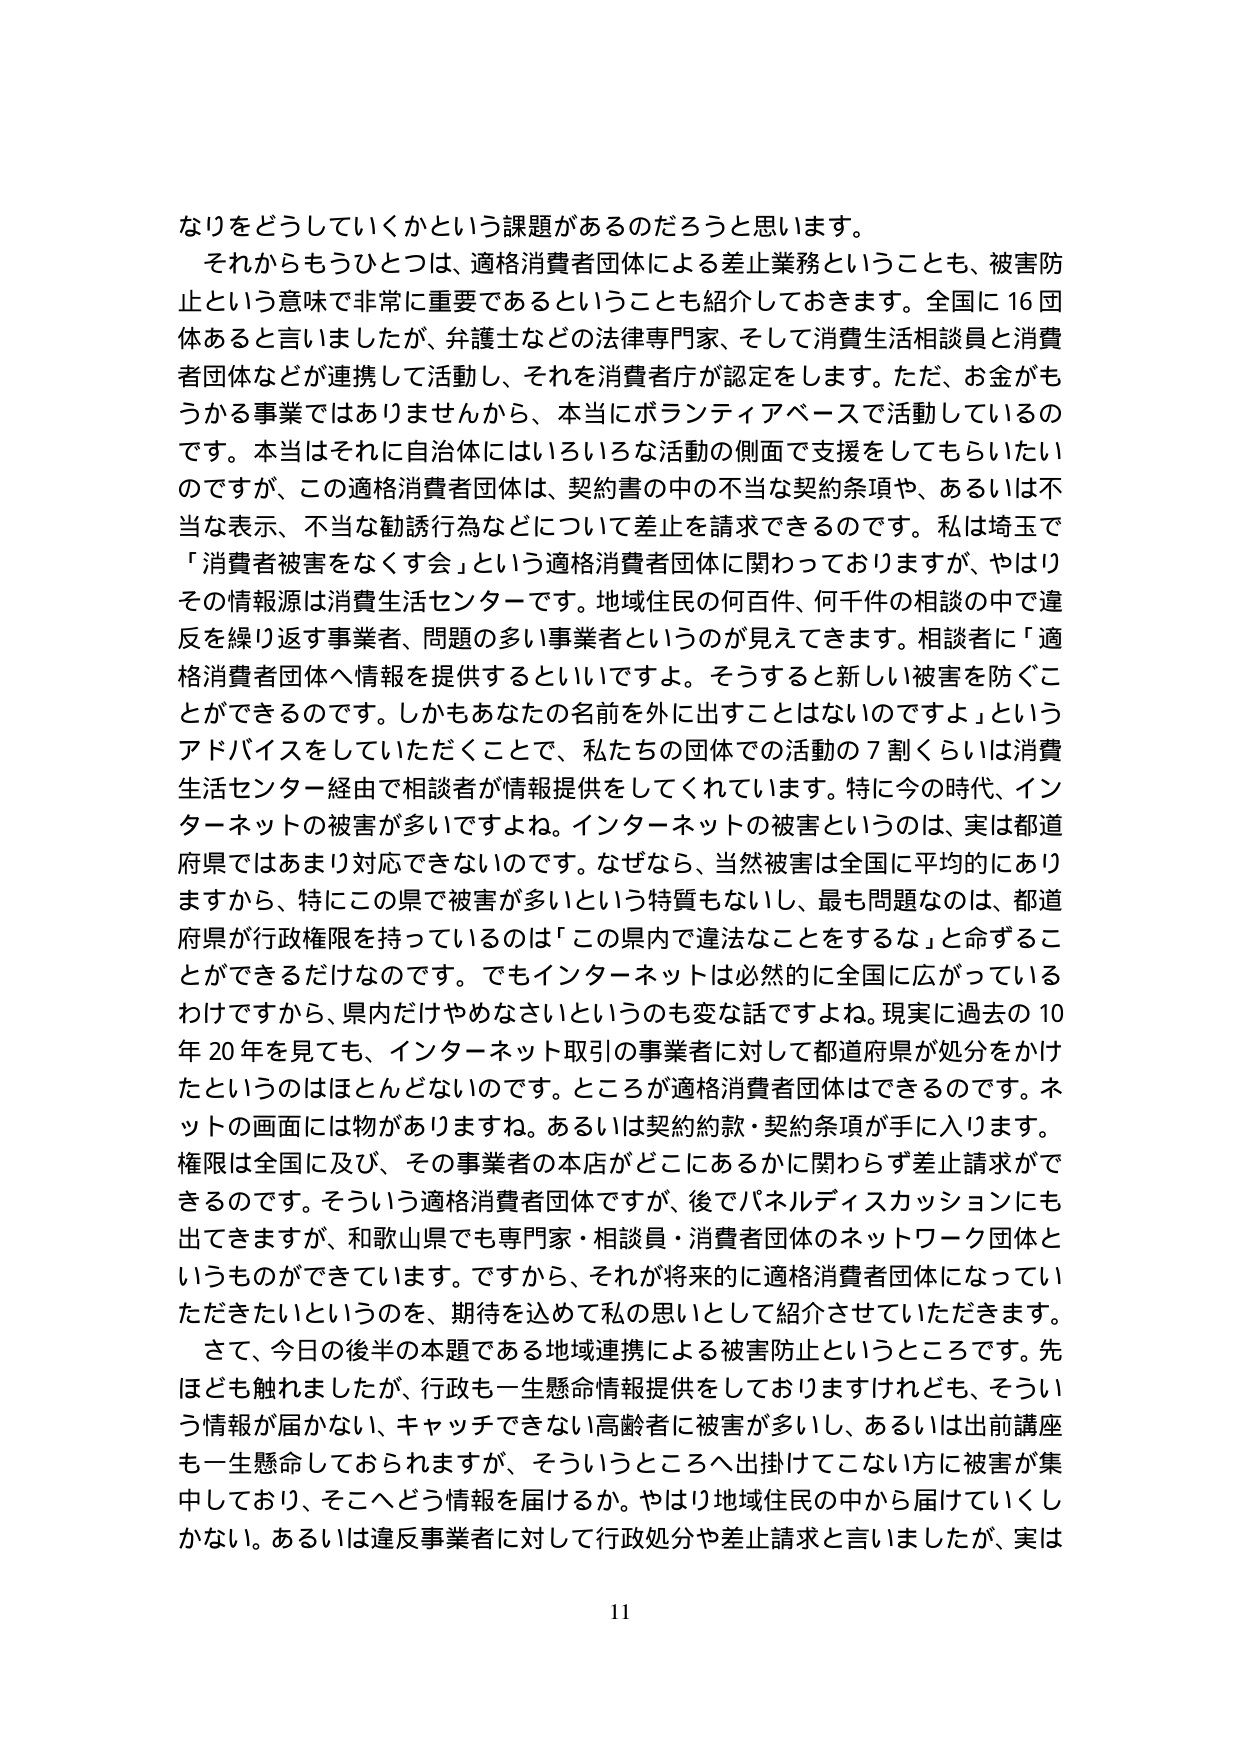
なりをどうしていくかという課題があるのだろうと思います。
それからもうひとつは、適格消費者団体による差止業務ということも、被害防止という意味で非常に重要であるということも紹介しておきます。全国に16団体あると言いましたが、弁護士などの法律専門家、そして消費生活相談員と消費者団体などが連携して活動し、それを消費者庁が認定をします。ただ、お金がもうかる事業ではありませんから、本当にボランティアベースで活動しているのです。本当はそれに自治体にはいろいろな活動の側面で支援をしてもらいたいのですが、この適格消費者団体は、契約書の中の不当な契約条項や、あるいは不当な表示、不当な勧誘行為などについて差止を請求できるのです。私は埼玉で「消費者被害をなくす会」という適格消費者団体に関わっておりますが、やはりその情報源は消費生活センターです。地域住民の何百件、何千件の相談の中で違反を繰り返す事業者、問題の多い事業者というのが見えてきます。相談者に「適格消費者団体へ情報を提供するといいですよ。そうすると新しい被害を防ぐことができるのです。しかもあなたの名前を外に出すことはないのですよ」というアドバイスをしていただくことで、私たちの団体での活動の7割くらいは消費生活センター経由で相談者が情報提供をしてくれています。特に今の時代、インターネットの被害が多いですよね。インターネットの被害というのは、実は都道府県ではあまり対応できないのです。なぜなら、当然被害は全国に平均的にありますから、特にこの県で被害が多いという特質もないし、最も問題なのは、都道府県が行政権限を持っているのは「この県内で違法なことをするな」と命ずることができるだけなのです。でもインターネットは必然的に全国に広がっているわけですから、県内だけやめなさいというのも変な話ですよね。現実に過去の10年20年を見ても、インターネット取引の事業者に対して都道府県が処分をかけたというのはほとんどないのです。ところが適格消費者団体はできるのです。ネットの画面には物がありますね。あるいは契約約款・契約条項が手に入ります。権限は全国に及び、その事業者の本店がどこにあるかに関わらず差止請求ができるのです。そういう適格消費者団体ですが、後でパネルディスカッションにも出てきますが、和歌山県でも専門家・相談員・消費者団体のネットワーク団体というものができています。ですから、それが将来的に適格消費者団体になっていただきたいというのを、期待を込めて私の思いとして紹介させていただきます。
さて、今日の後半の本題である地域連携による被害防止というところです。先ほども触れましたが、行政も一生懸命情報提供をしておりますけれども、そういう情報が届かない、キャッチできない高齢者に被害が多いし、あるいは出前講座も一生懸命しておられますが、そういうところへ出掛けてこない方に被害が集中しており、そこへどう情報を届けるか。やはり地域住民の中から届けていくしかない。あるいは違反事業者に対して行政処分や差止請求と言いましたが、実は
11